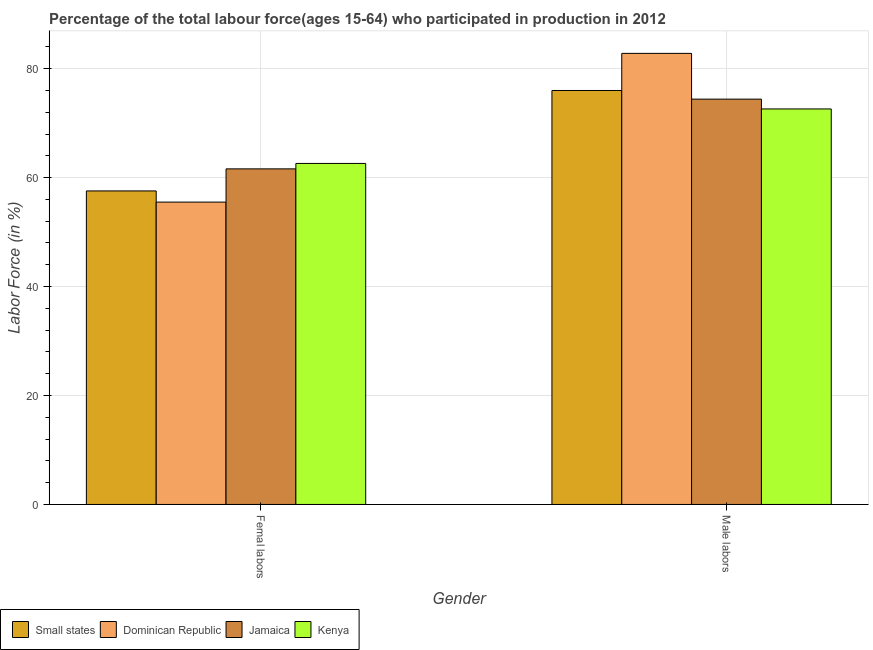
| Gender | Small states | Dominican Republic | Jamaica | Kenya |
 | --- | --- | --- | --- | --- |
 | Femal labors | 57.6 | 55.5 | 61.6 | 62.6 |
 | Male labors | 76 | 82.8 | 74.4 | 72.6 |